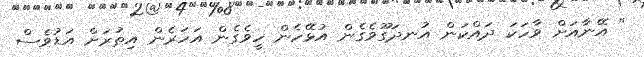
" އޭނާއަށް ވާހަކަ ދައްކަން އުނދަގޫވެގެން އުޅޭހެން ހީވެގެން އަހަރެން އިތުރަށް އަޑުވެސް